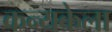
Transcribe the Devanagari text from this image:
कन्यकेला